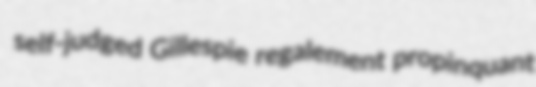
self-judged Gillespie regalement propinquant